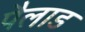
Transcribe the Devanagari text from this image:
पैलाड